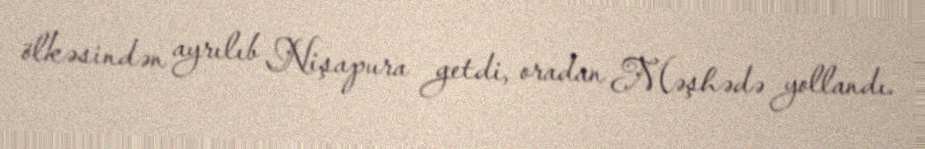
ölkəsindən ayrılıb Nişapura getdi, oradan Məşhədə yollandı.